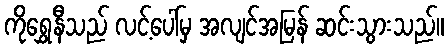
ကိုရွှေနီသည် လင့်ပေါ်မှ အလျင်အမြန် ဆင်းသွားသည်။